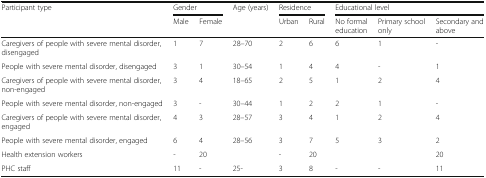
| <ROWSPAN=2> Participant type | <COLSPAN=2> Gender | <ROWSPAN=2> Age (years) | <COLSPAN=2> Residence | <COLSPAN=3> Educational level |
 | Male | Female | Urban | Rural | No formal education | Primary school only | Secondary and above |
 | --- | --- | --- | --- | --- | --- | --- | --- | --- |
 | Caregivers of people with severe mental disorder, disengaged | 1 | 7 | 28–70 | 2 | 6 | 6 | 1 | - |
 | People with severe mental disorder, disengaged | 3 | 1 | 30–54 | 1 | 4 | 4 | - | 1 |
 | Caregivers of people with severe mental disorder, non-engaged | 3 | 4 | 18–65 | 2 | 5 | 1 | 2 | 4 |
 | People with severe mental disorder, non-engaged | 3 | - | 30–44 | 1 | 2 | 2 | 1 | - |
 | Caregivers of people with severe mental disorder, engaged | 4 | 3 | 28–57 | 3 | 4 | 1 | 2 | 4 |
 | People with severe mental disorder, engaged | 6 | 4 | 28–56 | 3 | 7 | 5 | 3 | 2 |
 | Health extension workers | - | 20 |  | - | 20 |  |  | 20 |
 | PHC staff | 11 | - | 25- | 3 | 8 | - | - | 11 |